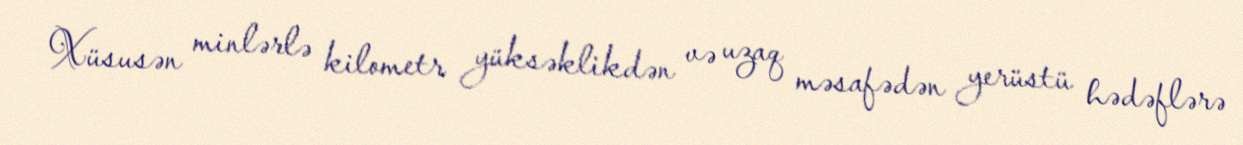
Xüsusən minlərlə kilometr yüksəklikdən və uzaq məsafədən yerüstü hədəflərə